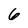
Character: 6